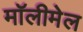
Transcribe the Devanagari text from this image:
मॉलीमेल